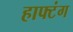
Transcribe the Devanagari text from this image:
हाफ्टंग